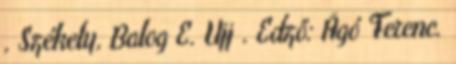
, Székely, Balog E. Ujj . Edző: Ágó Ferenc.